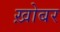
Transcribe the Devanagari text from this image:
ख़ोबर